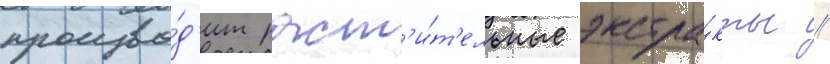
произво́д'ит раст'и́т'ельные экстра́кты //